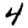
Digit: 4